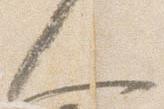
人